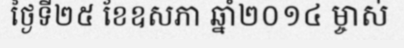
ថ្ងៃទី២៥ ខែឧសភា ឆ្នាំ២០១៤ ម្ចាស់